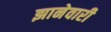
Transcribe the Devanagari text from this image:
झानेवारी